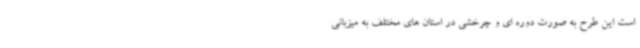
است این طرح به صورت دوره ای و چرخشی در استان های مختلف به میزبانی